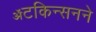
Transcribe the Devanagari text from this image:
ॲटकिन्सनने